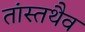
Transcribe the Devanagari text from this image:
तांस्तथैव